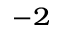
^ { - 2 }